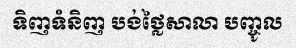
ទិញទំនិញ បង់ថ្លៃសាលា បញ្ចូល